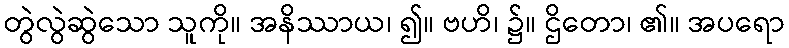
တွဲလွဲဆွဲသော သူကို။ အနိဿာယ၊ ၍။ ဗဟိ၊ ၌။ ဌိတော၊ ၏။ အပရော